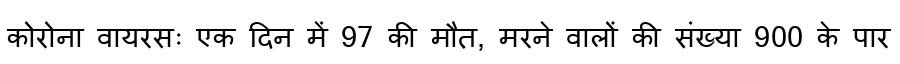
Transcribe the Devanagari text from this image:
कोरोना वायरसः एक दिन में 97 की मौत, मरने वालों की संख्या 900 के पार